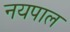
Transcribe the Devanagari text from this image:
नयपाल